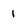
Character: 1